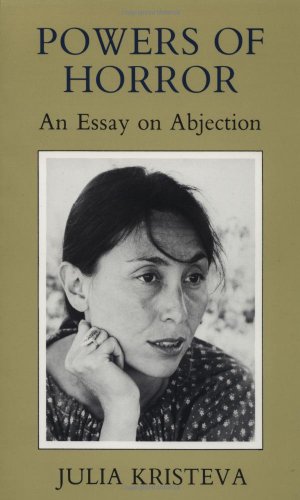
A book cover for Powers of Horror: An Essay on Abjection (European Perspectives Series); Julia Kristeva; Medical Books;